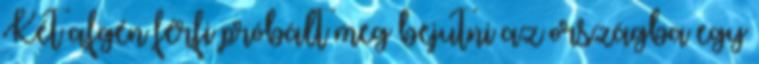
Két afgén férfi próbált meg bejutni az országba egy